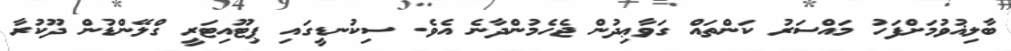
ބާލިޣުވުމަށްފަހު މައްސަރު ކަންތައް ގަވާޢިދުން ޖެހެމުންދާނެ އެވެ. ސިކުނޑީގައި ޕިޓޫއިޓަރީ ގްލޭންޑުން ދޫކުރާ